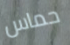
حماس